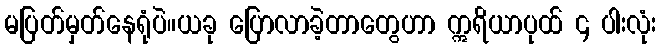
မပြတ်မှတ်နေရုံပဲ။ယခု ပြောလာခဲ့တာတွေဟာ ဣရိယာပုထ် ၄ ပါးလုံး